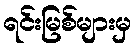
ရင်းမြစ်များမှ